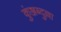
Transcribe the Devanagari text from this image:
कुंञ्जब्दुल्ला